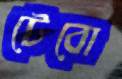
টেবো